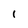
Character: 1